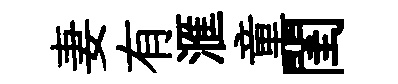
妻有滙童閨